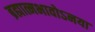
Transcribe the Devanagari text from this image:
ब्रह्मात्मभावोऽनया